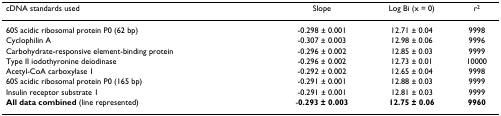
<table><thead><tr><td><b>cDNA standards used</b></td><td><b>Slope</b></td><td><b>Log Bi (x = 0)</b></td><td><b>r<sup>2</sup></b></td></tr></thead><tbody><tr><td>60S acidic ribosomal protein P0 (62 bp)</td><td>-0.298 ± 0.001</td><td>12.71 ± 0.04</td><td>9998</td></tr><tr><td>Cyclophilin A</td><td>-0.307 ± 0.003</td><td>12.98 ± 0.06</td><td>9996</td></tr><tr><td>Carbohydrate-responsive element-binding protein</td><td>-0.296 ± 0.002</td><td>12.85 ± 0.03</td><td>9999</td></tr><tr><td>Type II iodothyronine deiodinase</td><td>-0.296 ± 0.002</td><td>12.73 ± 0.01</td><td>10000</td></tr><tr><td>Acetyl-CoA carboxylase 1</td><td>-0.292 ± 0.002</td><td>12.65 ± 0.04</td><td>9998</td></tr><tr><td>60S acidic ribosomal protein P0 (165 bp)</td><td>-0.291 ± 0.001</td><td>12.88 ± 0.03</td><td>9999</td></tr><tr><td>Insulin receptor substrate 1</td><td>-0.291 ± 0.001</td><td>12.81 ± 0.03</td><td>9999</td></tr><tr><td><b>All data combined </b>(line represented)</td><td>-<b>0.293 ± 0.003</b></td><td><b>12.75 ± 0.06</b></td><td><b>9960</b></td></tr></tbody></table>